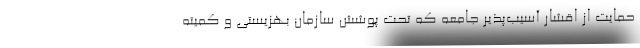
حمایت از اقشار آسیب‌پذیر جامعه که تحت پوشش سازمان بهزیستی و کمیته